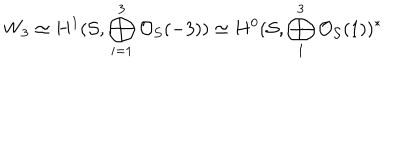
W _ { 3 } \simeq H ^ { 1 } ( { \cal S } , \bigoplus _ { i = 1 } ^ { 3 } { \cal O } _ { { \cal S } } ( - 3 ) ) \simeq H ^ { 0 } ( { \cal S } , \bigoplus _ { 1 } ^ { 3 } { \cal O } _ { { \cal S } } ( 1 ) ) ^ { * }